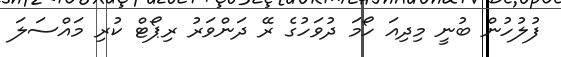
ފުލުހުން ބުނީ މިދިއަ ހޯމަ ދުވަހުގެ ރޭ ދަންވަރު ރިޕޯޓް ކުރި މައްސަލަ